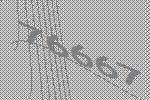
76667